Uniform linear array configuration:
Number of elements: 24
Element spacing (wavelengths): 0.5
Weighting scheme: blackman
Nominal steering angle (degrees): -30
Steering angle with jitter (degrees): -28.49
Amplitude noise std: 0.05
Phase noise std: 0.05

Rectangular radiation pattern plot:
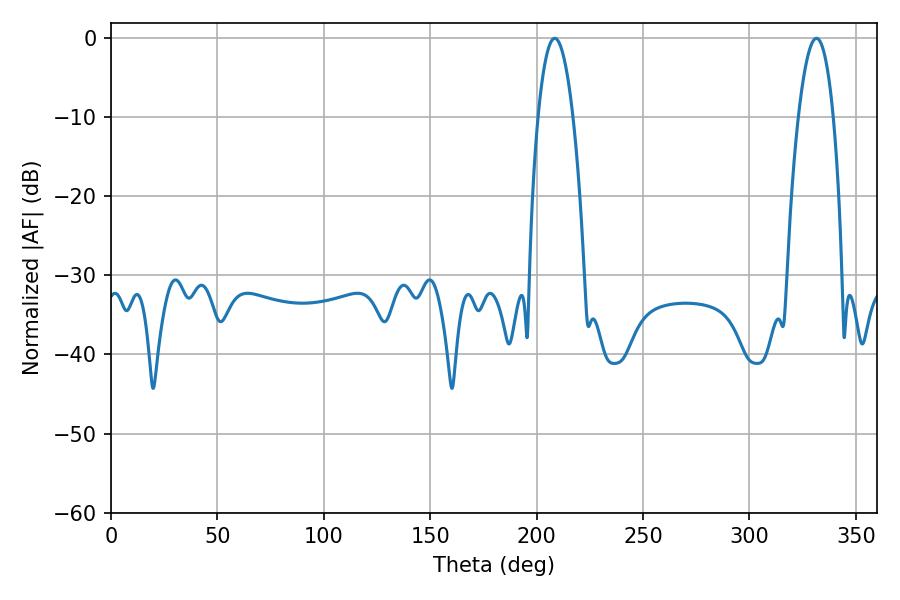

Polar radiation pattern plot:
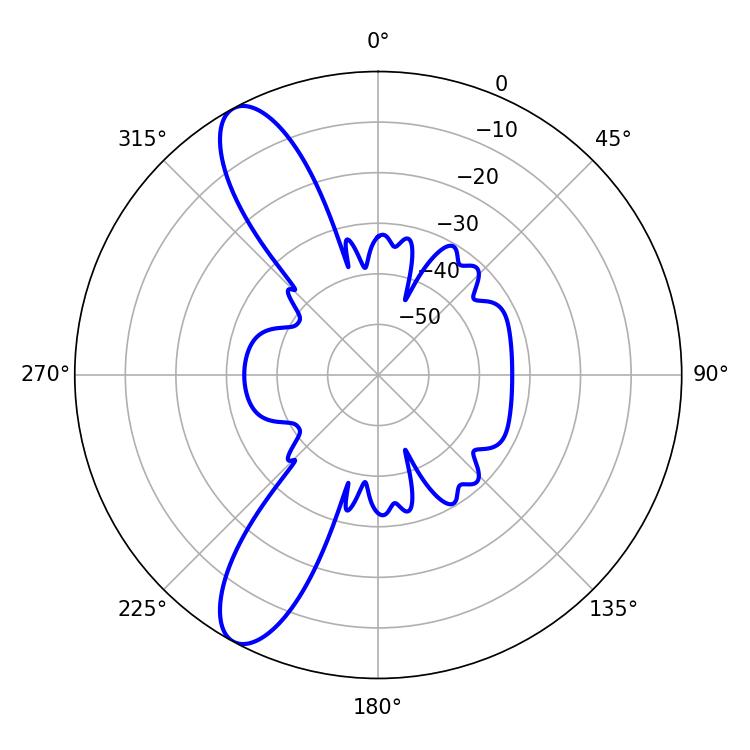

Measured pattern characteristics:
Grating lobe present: FALSE
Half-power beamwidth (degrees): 9
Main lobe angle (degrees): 208.44